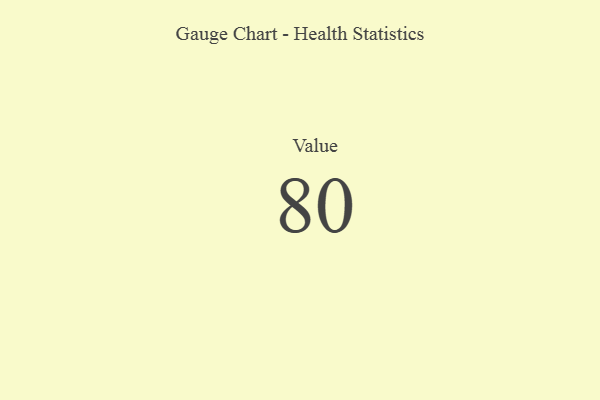
{"axis": {"x": "Metric", "y": "Value"}, "legend": [""], "data": [{"x": "Value", "y": 80, "type": ""}]}